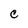
Character: C